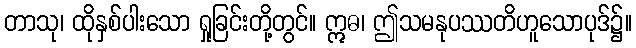
တာသု၊ ထိုနှစ်ပါးသော ရှုခြင်းတို့တွင်။ ဣဓ၊ ဤသမနုပဿတိဟူသောပုဒ်၌။